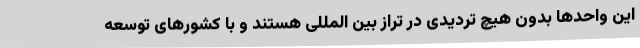
این واحدها بدون هیچ تردیدی در تراز بین المللی هستند و با کشورهای توسعه